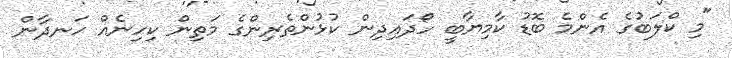
"މި ކްލަބުގެ އެންމެ ބޮޑު ކާމިޔާބީ ހޯދައިދިން ކުޅުންތެރިންގެ މަތިން ކިހިނެއް ހަނދާން